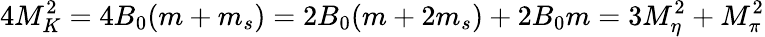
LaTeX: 4M_{K}^{2}=4B_{0}(m+m_{s})=2B_{0}(m+2m_{s})+2B_{0}m=3M_{\eta}^{2}+M_{\pi}^{2}